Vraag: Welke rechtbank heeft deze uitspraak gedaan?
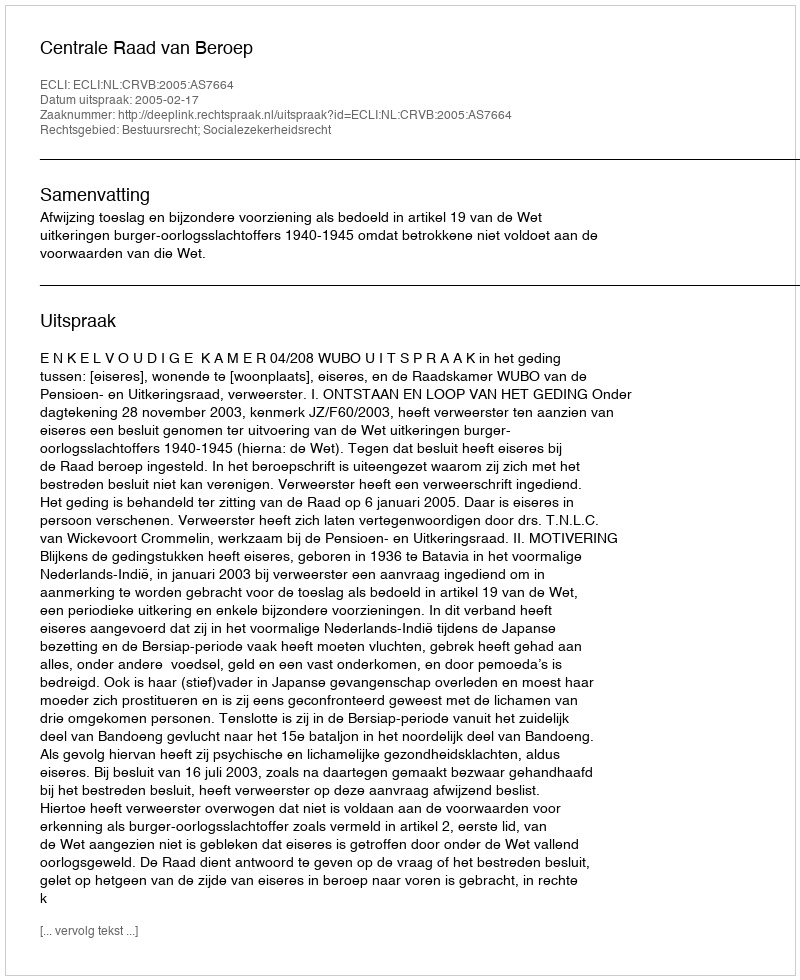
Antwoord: Centrale Raad van Beroep